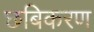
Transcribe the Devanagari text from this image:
छबिकरण